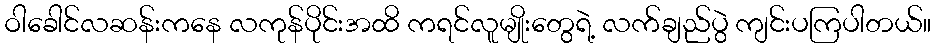
ဝါခေါင်လဆန်းကနေ လကုန်ပိုင်းအထိ ကရင်လူမျိုးတွေရဲ့ လက်ချည်ပွဲ ကျင်းပကြပါတယ်။